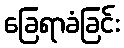
ခြေရာခံခြင်း